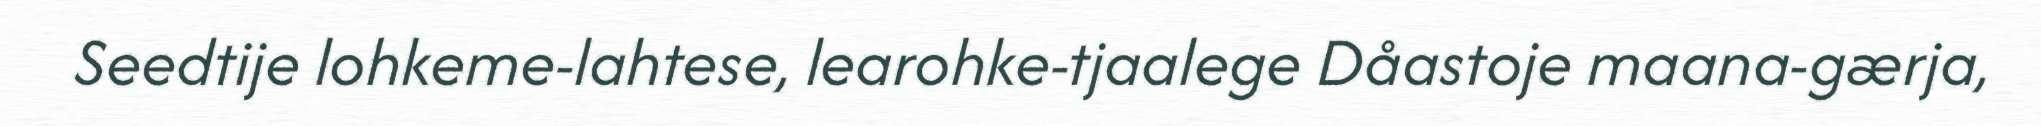
Seedtije lohkeme-lahtese, learohke-tjaalege Dåastoje maana-gærja,